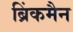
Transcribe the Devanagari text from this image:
ब्रिंकमैन